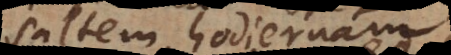
saltem hodiernam